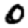
Digit: 0